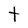
Character: t